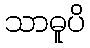
သာဓူပိ